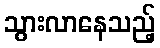
သွားလာနေသည့်